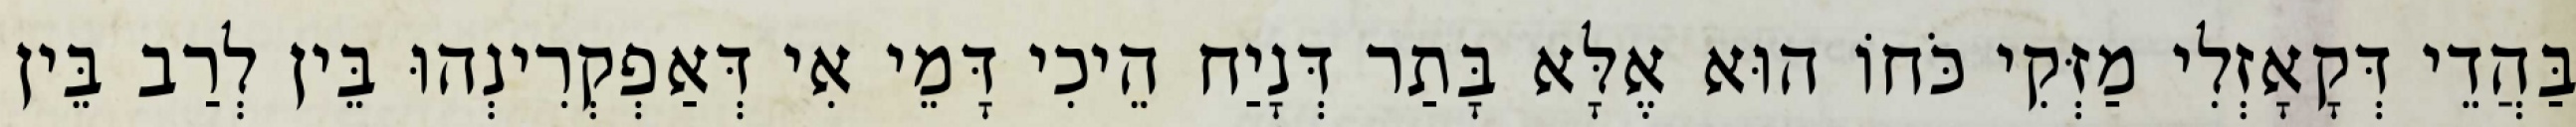
בַּהֲדֵי דְּקָאָזְלִי מַזְּקִי כֹּחוֹ הוּא אֶלָּא בָּתַר דְּנָיַח הֵיכִי דָּמֵי אִי דְּאַפְקְרִינְהוּ בֵּין לְרַב בֵּין